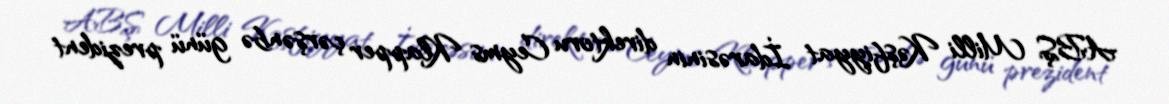
ABŞ Milli Kəşfiyyat İdarəsinin direktoru Ceyms Klapper çərşənbə günü prezident